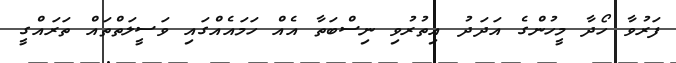
ފަރުވާ ހޯދާ މީހުންގެ އަދަދު އިތުރުވި ނިސްބަތާ އެއް ހަމައެއްގައި ވަސީލަތްތައް ތަރައްގީ